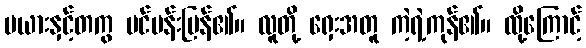
မယားနှင့်တကွ ပင်ပန်းပြန်၏။ လူတို့ ရှေးအတူ ကဲ့ရဲ့ကုန်၏။ ထို့ကြောင့်